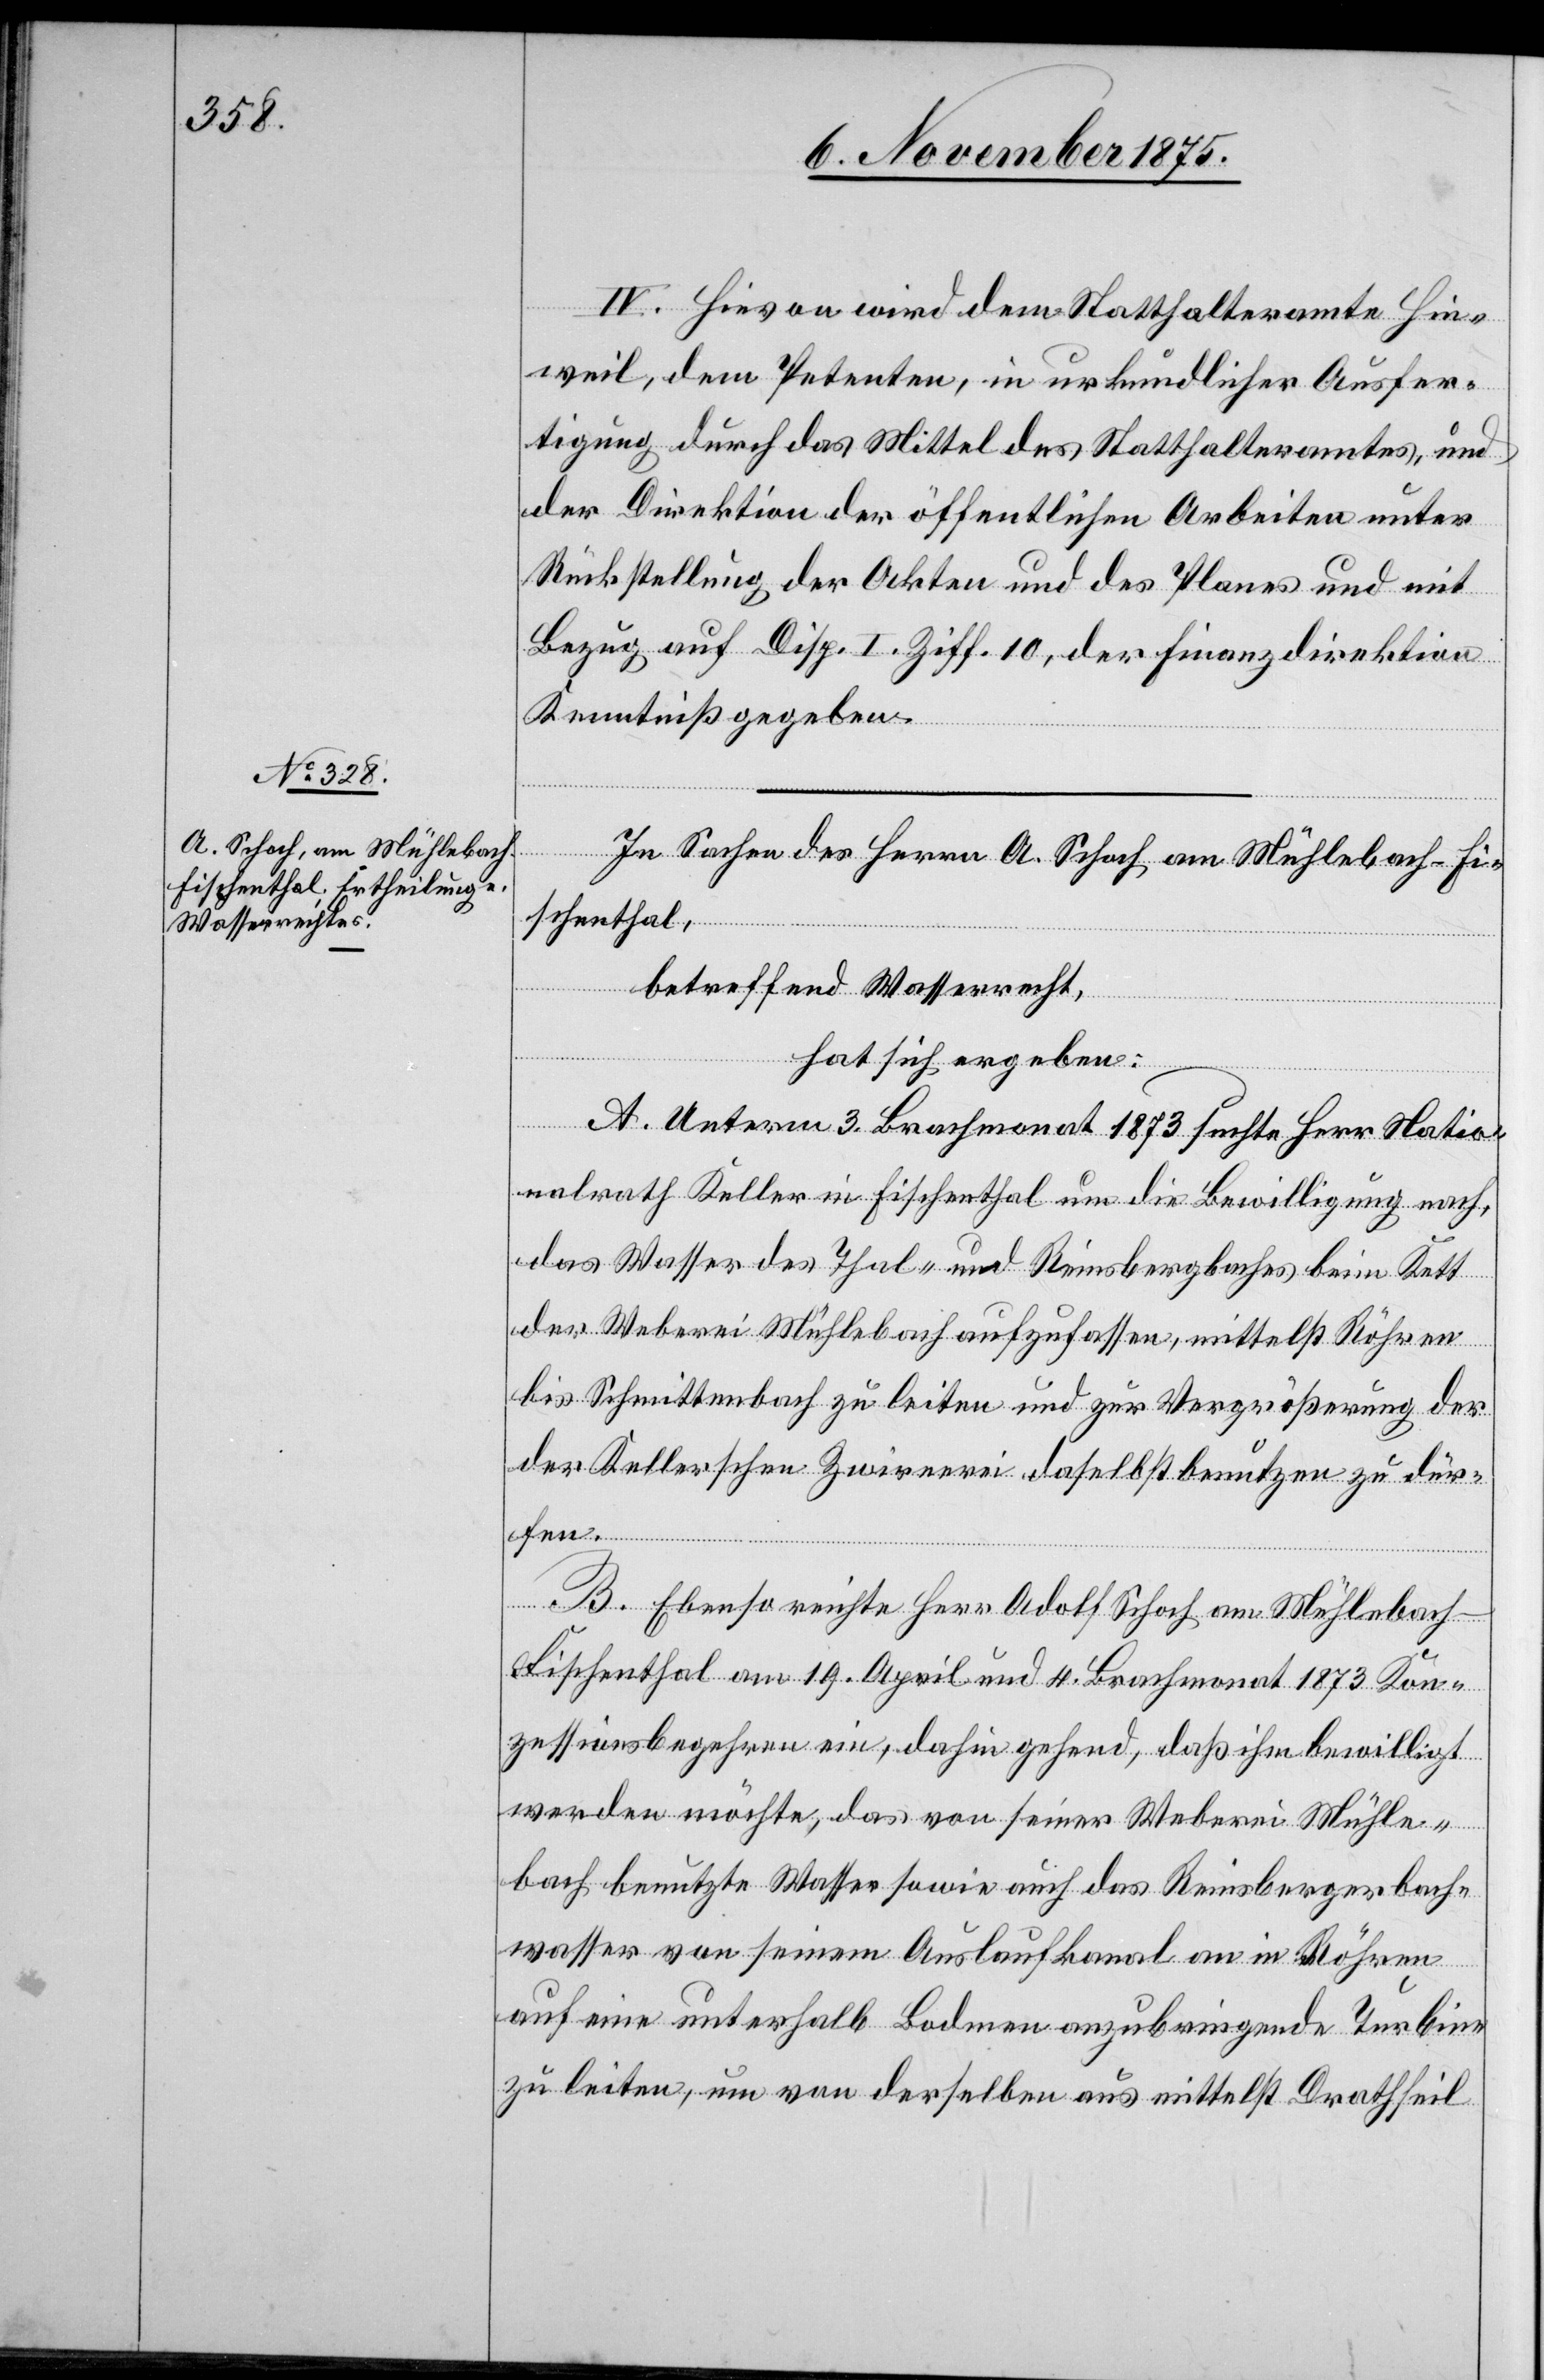
IV. Hievon wird dem Statthalteramte Hin¬
weil, dem Petenten, in urkundlicher Ausfer¬
tigung durch das Mittel des Statthalteramtes, und
der Direktion der öffentlichen Arbeiten unter
Rückstellung der Akten und des Planes und mit
Bezug auf Disp. I Ziff. 10, der Finanzdirektion
Kenntniß gegeben.
In Sachen des Herrn A. Schoch am Mühlebach - Fi¬
schenthal,
betreffend Wasserrecht,
hat sich ergeben:
A: Unterm 3. Brachmonat 1873 suchte Herr Natio¬
nalrath Keller in Fischenthal um die Bewilligung nach,
das Wasser des Thal- und Reinsbergbaches beim Kett
der Weberei Mühlebach aufzufassen, mittelst Röhren
bis Schmittenbach zu leiten und zur Vergrößerung der
Kellerschen Zwirnerei daselbst benutzen zu dür¬
fen.
B. Ebenso reichte Herr Adolf Schoch am Mühlebach
Fischenthal am 19. April und 4. Brachmonat 1873 Kon¬
zessionsbegehren ein, dahin gehend, daß ihm bewilligt
werden möchte, das von seiner Weberei Mühle¬
bach benutzte Wasser sowie auch das Reinsbergerbach¬
wasser von seinem Auslaufkanal an in Röhren
auf eine unterhalb Bodmen anzubringende Turbine
zu leiten, um von derselben aus mittelst Drathseil